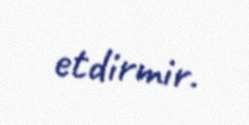
etdirmir.